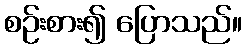
စဉ်းစား၍ ပြောသည်။